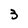
Character: 3